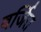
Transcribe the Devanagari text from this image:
वर्जित